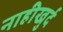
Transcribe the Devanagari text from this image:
नाहीखुर्द